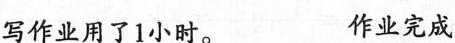
写作业用了1小时。 作业完成